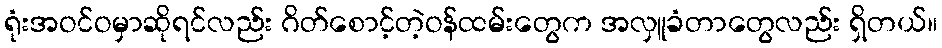
ရုံးအဝင်ဝမှာဆိုရင်လည်း ဂိတ်စောင့်တဲ့ဝန်ထမ်းတွေက အလှူခံတာတွေလည်း ရှိတယ်။